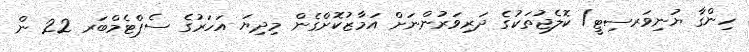
ހިންގާ ޔުނިވަރސިޓީ/ ކޮލެޖުތަކުގެ ދަރިވަރުންނަށް އަމާޒުކޮށްގެން މިދިޔަ އަހަރުގެ ސެޕްޓެމްބަރ 22 ން